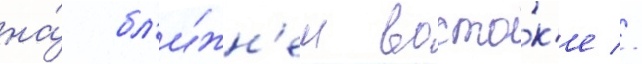
на́ бл'и́жн'ем восто́к'е //